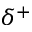
\delta ^ { + }